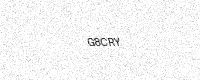
Text: G8CRY